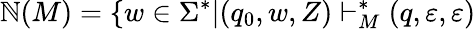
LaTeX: \mathbb{N}(M)=\{ w\in\Sigma^{*}|(q_{0},w,Z)\vdash_{M}^{*}(q,\varepsilon,\varepsilon)